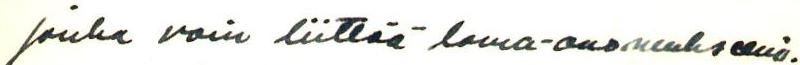
jonka voin liittää loma-anomukseeni.